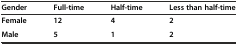
| Gender | Full-time | Half-time | Less than half-time |
 | --- | --- | --- | --- |
 | Female | 12 | 4 | 2 |
 | Male | 5 | 1 | 2 |